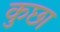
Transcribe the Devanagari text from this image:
कुछा